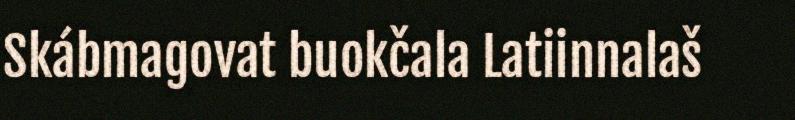
Skábmagovat buokčala Latiinnalaš